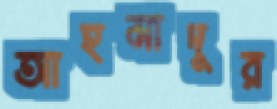
আহমাদুর